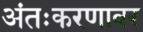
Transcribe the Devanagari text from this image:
अंतःकरणावर